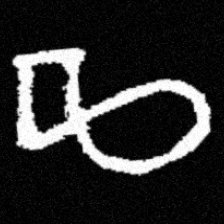
Pyu character \u2014 Myanmar letter: ဆ (romanized: cha)